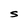
Character: S